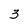
Character: 3